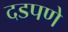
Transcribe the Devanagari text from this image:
दडपणे